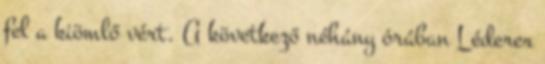
fel a kiömlő vért. A következő néhány órában Léderer